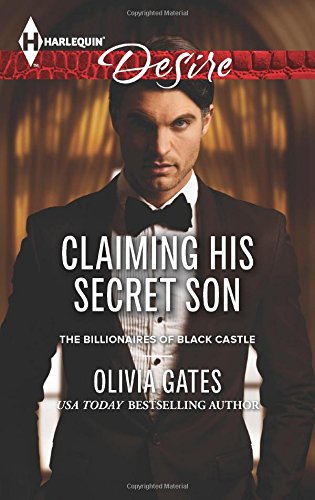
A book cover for Claiming His Secret Son (The Billionaires of Black Castle); Olivia Gates; Romance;